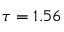
\tau = 1 . 5 6